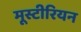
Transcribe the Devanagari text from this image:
मूस्टीरियन